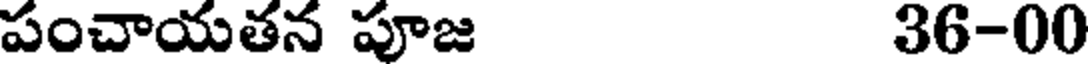
పంచాయతన పూజ 36-00